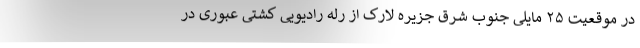
در موقعیت ۲۵ مایلی جنوب شرق جزیره لارک از رله رادیویی کشتی عبوری در